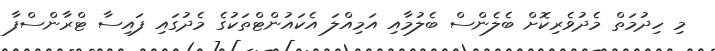
މި ހިދުމަތް މެދުވެރިކޮށް ބެލެންސް ބެލުމާއި އަމިއްލަ އެކައުންޓްތަކުގެ މެދުގައި ފައިސާ ޓްރާންސްފާ